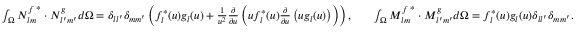
\begin{array} { r l r } { \int _ { \Omega } { N _ { l m } ^ { f } } ^ { * } \cdot N _ { l ^ { \prime } m ^ { \prime } } ^ { g } d \Omega = \delta _ { l l ^ { \prime } } \delta _ { m m ^ { \prime } } \left( f _ { l } ^ { * } ( u ) g _ { l } ( u ) + \frac { 1 } { u ^ { 2 } } \frac { \partial } { \partial u } \left( u f _ { l } ^ { * } ( u ) \frac { \partial } { \partial u } \left( u g _ { l } ( u ) \right) \right) \right) , } & { } & { \int _ { \Omega } { M _ { l m } ^ { f } } ^ { * } \cdot M _ { l ^ { \prime } m ^ { \prime } } ^ { g } d \Omega = f _ { l } ^ { * } ( u ) g _ { l } ( u ) \delta _ { l l ^ { \prime } } \delta _ { m m ^ { \prime } } . } \end{array}